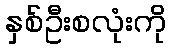
နှစ်ဦးစလုံးကို